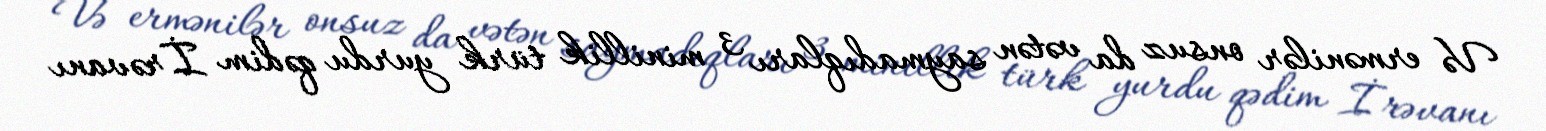
Və ermənilər onsuz da vətən saymadıqları 3 minillik türk yurdu qədim İrəvanı